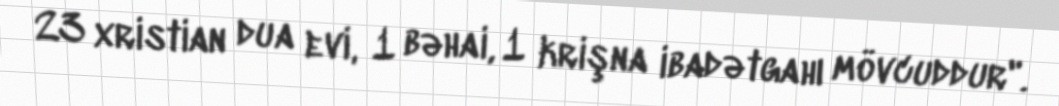
23 xristian dua evi, 1 bəhai, 1 krişna ibadətgahı mövcuddur".